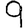
Digit: 9